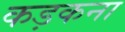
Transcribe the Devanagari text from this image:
कड़कना